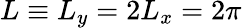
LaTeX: L\equiv L_{y}=2L_{x}=2\pi